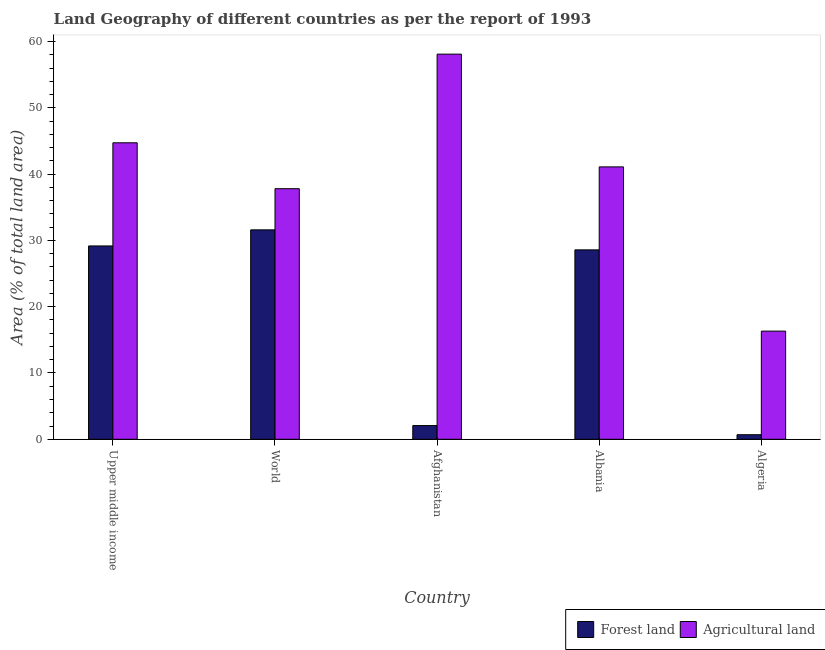
| Country | Forest land | Agricultural land |
 | --- | --- | --- |
 | Upper middle income | 29.2 | 44.7 |
 | World | 31.6 | 37.8 |
 | Afghanistan | 2.07 | 58.1 |
 | Albania | 28.6 | 41.1 |
 | Algeria | 0.689 | 16.3 |